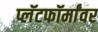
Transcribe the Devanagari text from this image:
प्लॅटफॉर्मांवर